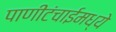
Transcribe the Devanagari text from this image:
पाणीटंचाईमध्ये